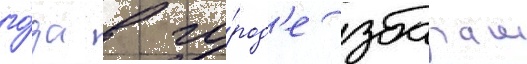
го́да в го́род'е збараж